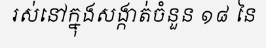
រស់នៅក្នុងសង្កាត់ចំនួន ១៨ នៃ